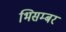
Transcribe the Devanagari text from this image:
भिसम्बर